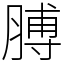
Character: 膊